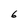
Character: 6